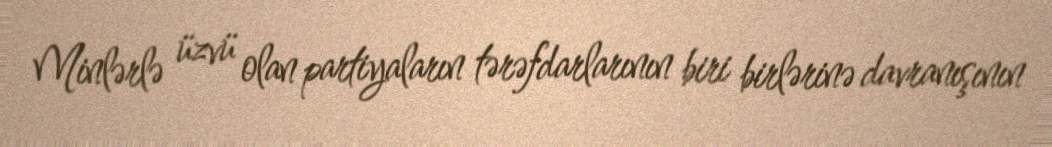
Minlərlə üzvü olan partiyaların tərəfdarlarının biri birlərinə davranışının